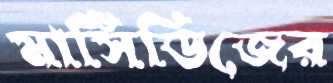
মার্সিডিজের